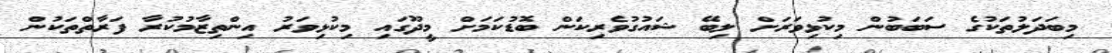
މިބަދަލުތަކުގެ ސަބަބުން މިކުޅިވަރަށް ލިބޭ ޝައުގުވެރިކަން ބޮޑުކަމަށް މީދޫގައި މިކުޅިވަރު އިންތިޒާމުކުރާ ފަރާތްތަކުން